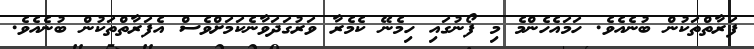
ފަރާތްތަކުން ބުނެއެވެ. ހަމައެހެންމެ މި ފޯނުގައި ހިމެނޭ ކެމެރާ ވަރުގަދަވާނެކަމަށްވެސް އެފަރާތްތަކުން ބުނެއެވެ.